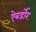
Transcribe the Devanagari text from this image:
ऐबर्डोर